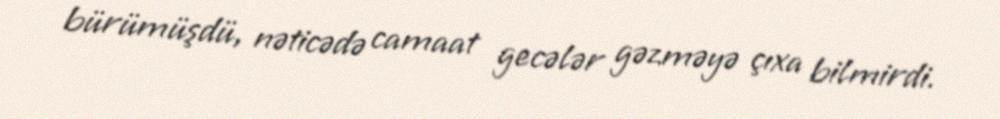
bürümüşdü, nəticədə camaat gecələr gəzməyə çıxa bilmirdi.